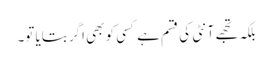
بلکہ تجھے آنٹی کی قسم ہے کسی کو بھی اگر بتایا تو۔